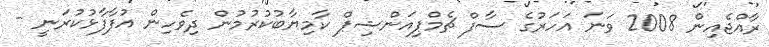
ރާއްޖެއިން 2008 ވަނަ އަހަރުގެ ސާފް ޗެމްޕިއަންޝިޕް ކާމިޔާބުކުރުމުން ދިވެހިން އުފާފާޅުކުރަނީ -